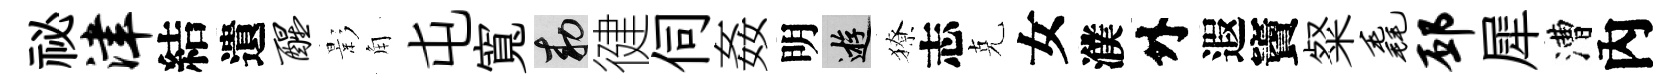
祕津結遺醒影角屯寬敕徤伺姦明游獠志克女濮外遐竇粲毳邳犀漕內